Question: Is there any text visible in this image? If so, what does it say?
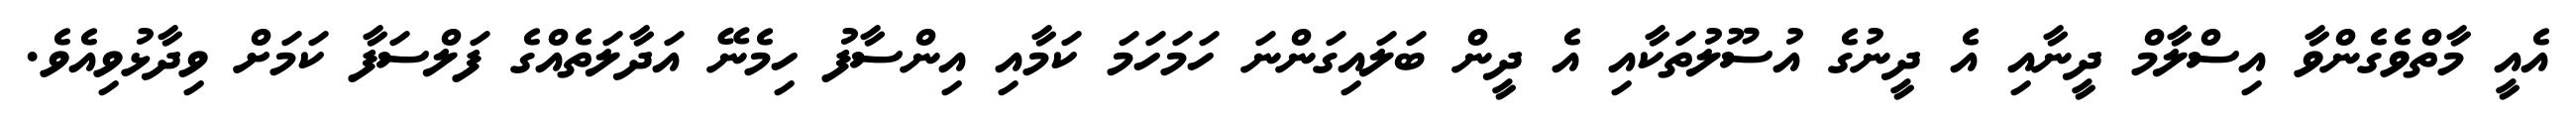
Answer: އެއީ މާތްވެގެންވާ އިސްލާމް ދީނާއި އެ ދީނުގެ އުސޫލުތަކާއި އެ ދީން ބަލައިގަންނަ ހަމަހަމަ ކަމާއި އިންސާފު ހިމެނޭ އަދާލަތެއްގެ ފަލްސަފާ ކަމަށް ވިދާޅުވިއެވެ.